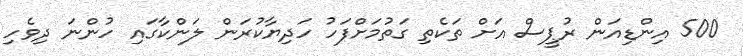
500 އިންޑިއަން ރުޕީސް އަށް ތަކެތި ގަތުމަށްފަހު ހަދިޔާކުރަން ލަންކާގައި ހުންނަ ދިވެހި